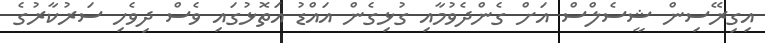
އިގިރޭސިން ޝީސެލްސް އަށް ގެންދެވުމާއި ގުޅިގެން އައްޑު އަތޮޅުގައި ވެސް ދިވެހި ސަރުކާރުގެ